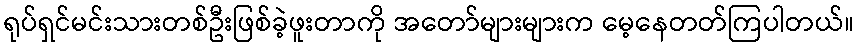
ရုပ်ရှင်မင်းသားတစ်ဦးဖြစ်ခဲ့ဖူးတာကို အတော်များများက မေ့နေတတ်ကြပါတယ်။